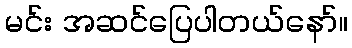
မင်း အဆင်ပြေပါတယ်နော်။